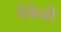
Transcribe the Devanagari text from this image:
मेकेजी